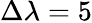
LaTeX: \Delta\lambda=5